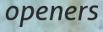
openers